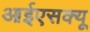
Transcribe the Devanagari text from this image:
आईएसक्यू